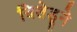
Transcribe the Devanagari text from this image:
चिलेडूने